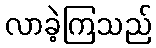
လာခဲ့ကြသည်